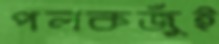
পলকজুঁই